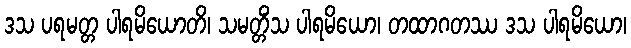
ဒသ ပရမတ္တ ပါရမိယောတိ၊ သမတ္တိံသ ပါရမိယော၊ တထာဂတဿ ဒသ ပါရမိယော၊